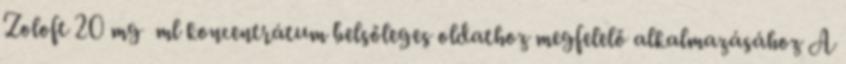
Zoloft 20 mg ml koncentrátum belsőleges oldathoz megfelelő alkalmazásához A